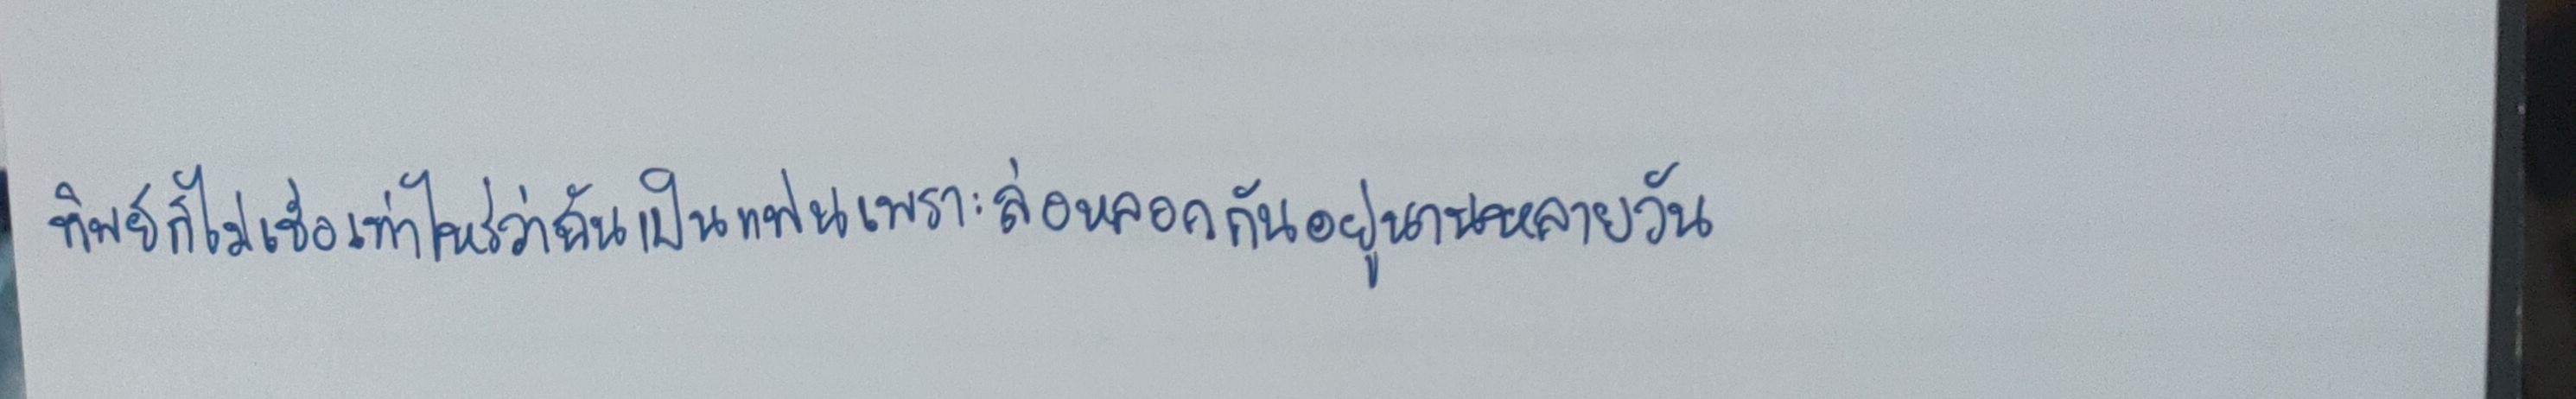
ทิพย์ก็ไม่เชื่อเท่าไหร่ว่าฉันเป็นแฟนเพราะล่อหลอกกันอยู่นานหลายวัน